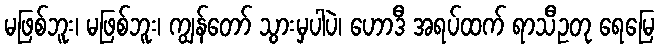
မဖြစ်ဘူး၊ မဖြစ်ဘူး၊ ကျွန်တော် သွားမှပါပဲ၊ ဟောဒီ အရပ်ထက် ရာသီဥတု ရေမြေ